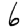
Digit: 6